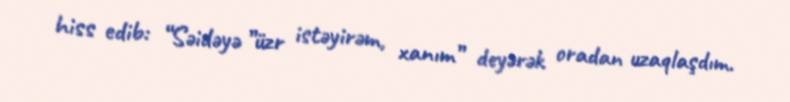
hiss edib: “Səidəyə ”üzr istəyirəm, xanım” deyərək oradan uzaqlaşdım.